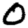
Digit: 0